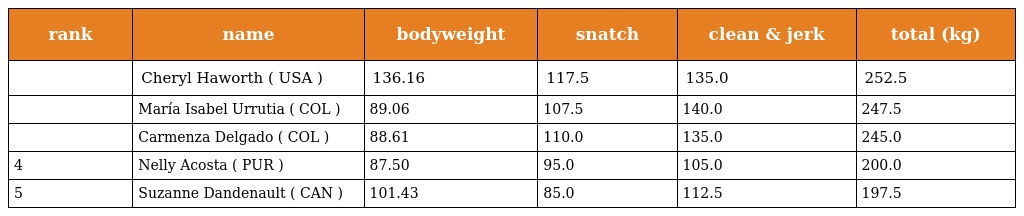
| rank | name | bodyweight | snatch | clean & jerk | total (kg) |
 | --- | --- | --- | --- | --- | --- |
 |  | Cheryl Haworth ( USA ) | 136.16 | 117.5 | 135.0 | 252.5 |
 |  | María Isabel Urrutia ( COL ) | 89.06 | 107.5 | 140.0 | 247.5 |
 |  | Carmenza Delgado ( COL ) | 88.61 | 110.0 | 135.0 | 245.0 |
 | 4 | Nelly Acosta ( PUR ) | 87.50 | 95.0 | 105.0 | 200.0 |
 | 5 | Suzanne Dandenault ( CAN ) | 101.43 | 85.0 | 112.5 | 197.5 |